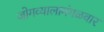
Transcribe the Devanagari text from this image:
जोगव्यालामंगळवार